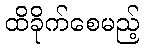
ထိခိုက်စေမည့်